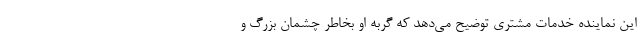
این نماینده خدمات مشتری توضیح می‌دهد که گربه او بخاطر چشمان بزرگ و